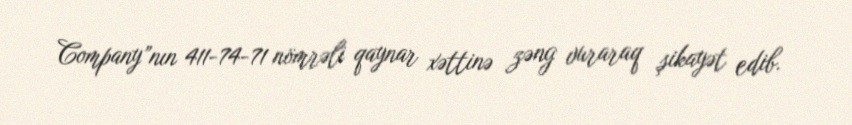
Company”nın 411-74-71 nömrəli qaynar xəttinə zəng vuraraq şikayət edib.